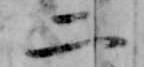
二